Leningradi_Edasi_toimetus, lk 23
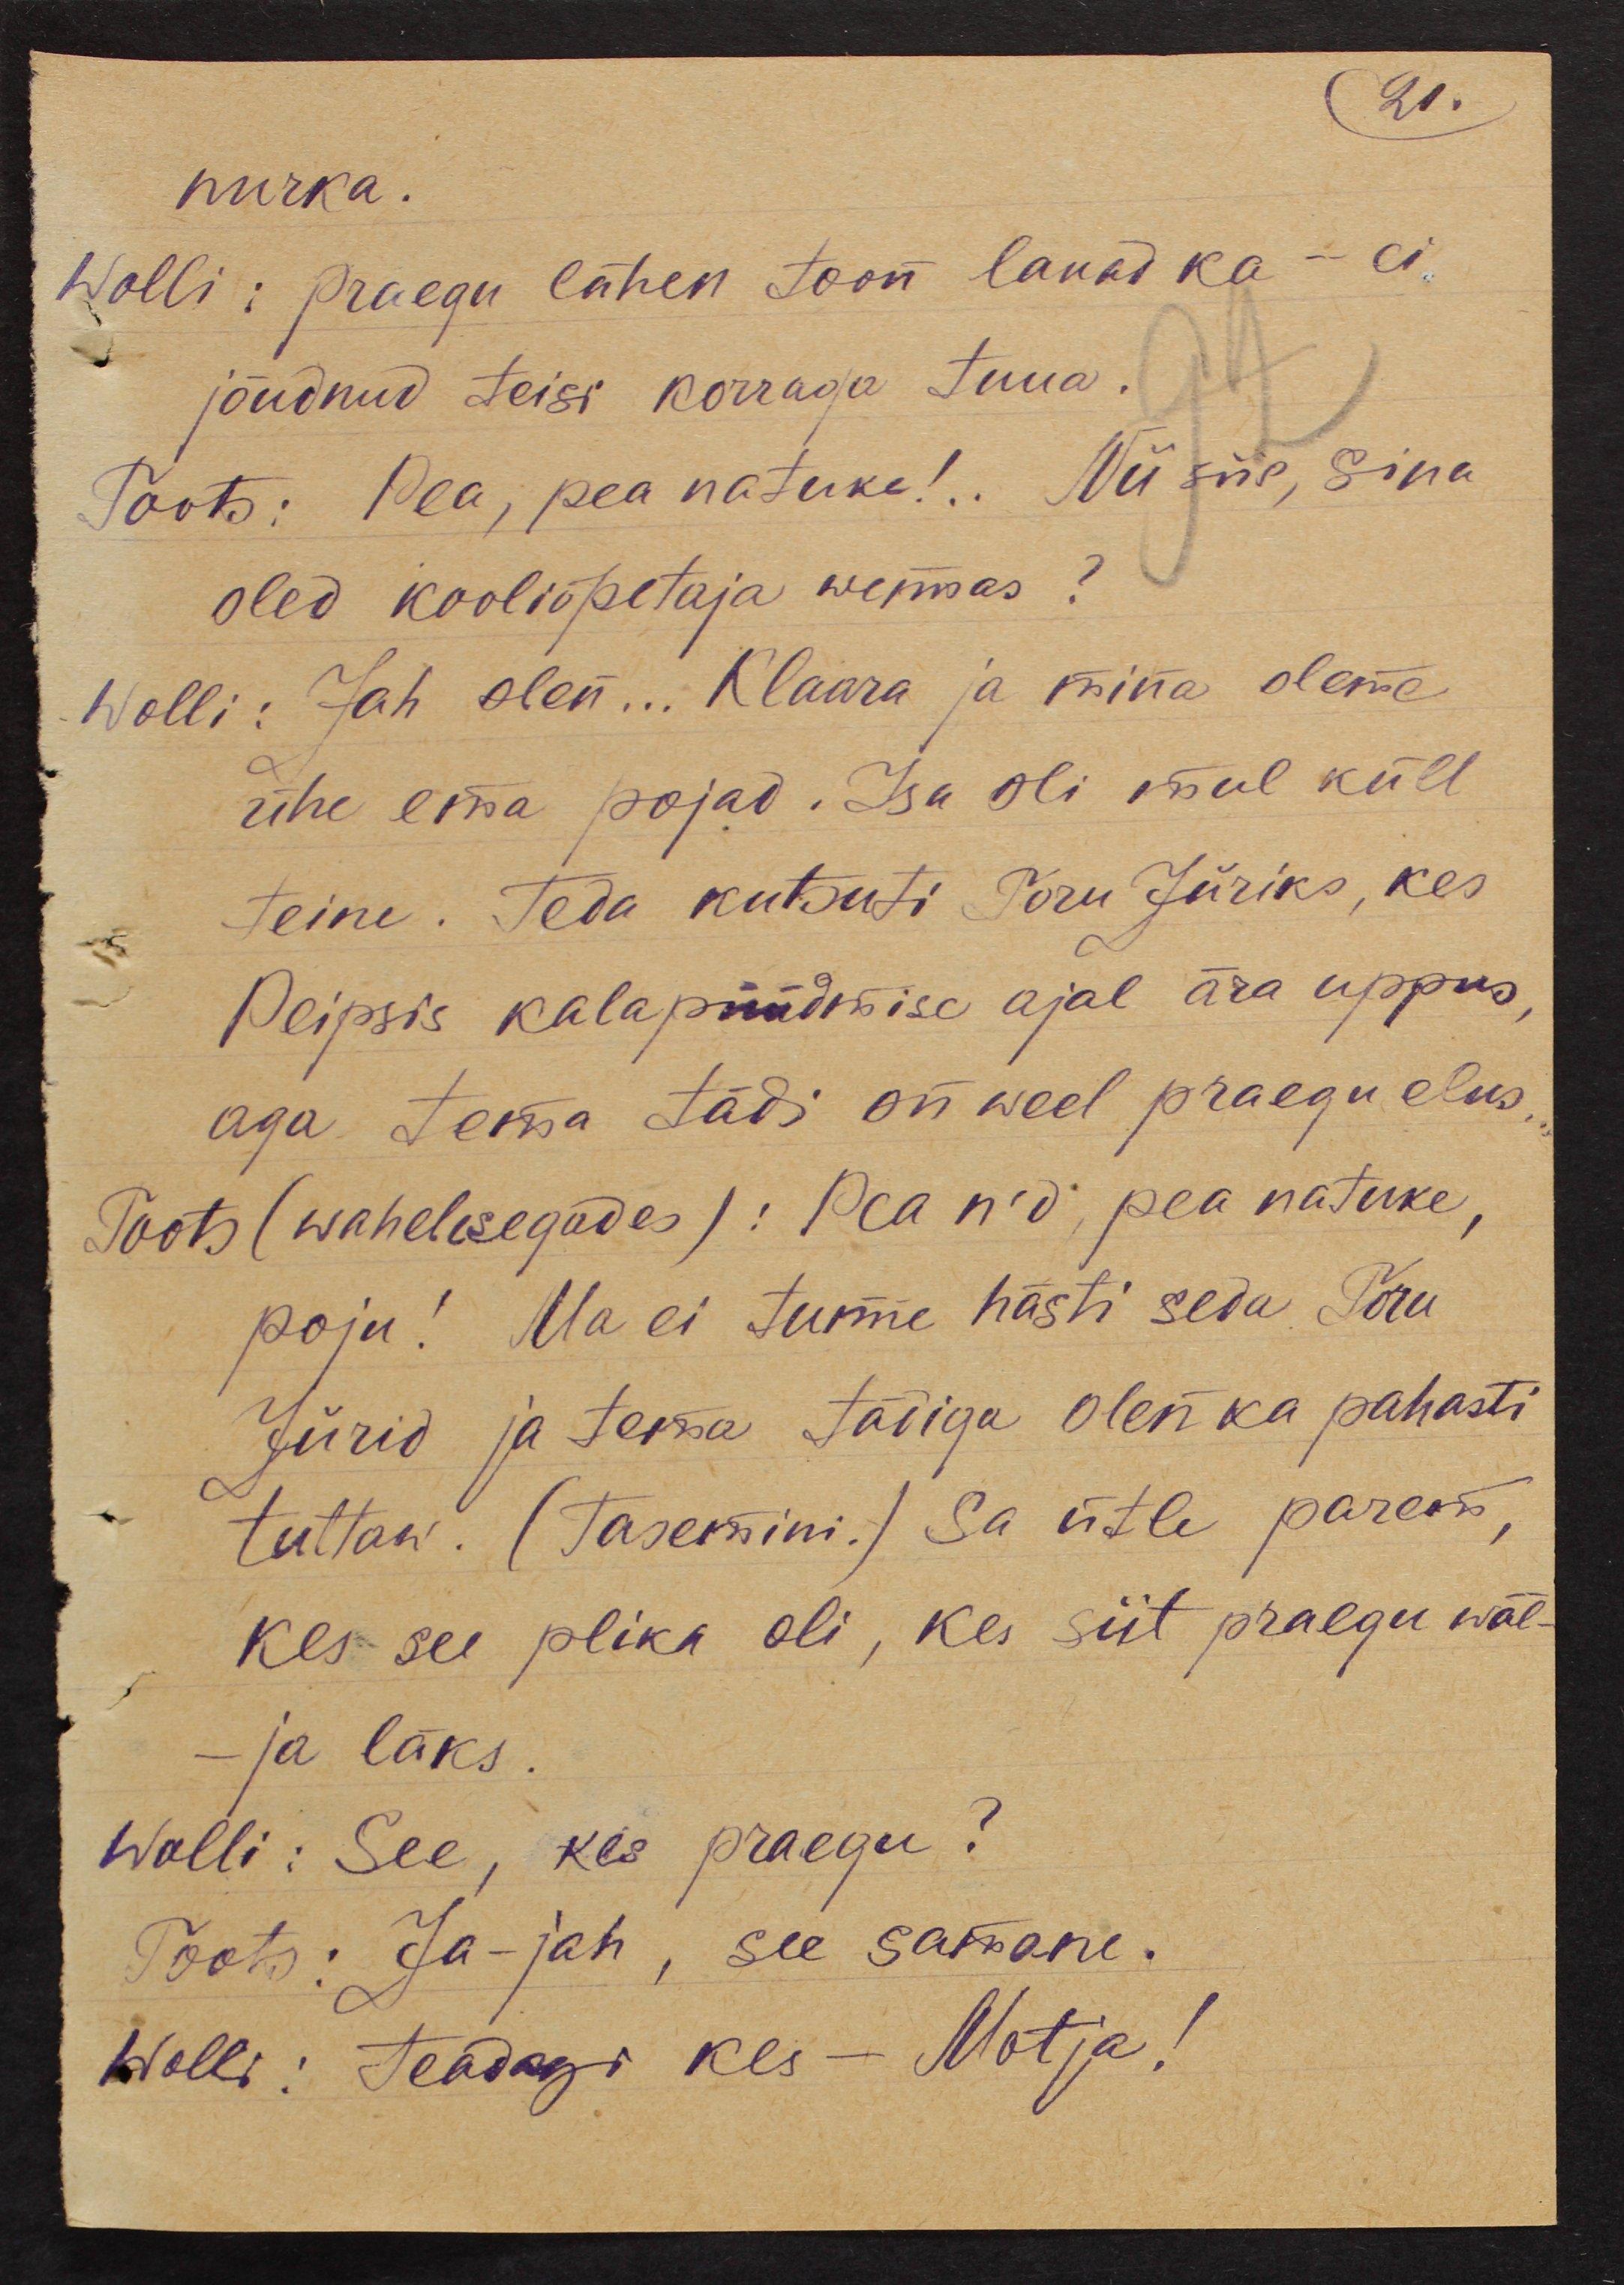
21.

nurka.
Wolli: praegu lähen toon lauad ka - ei
jõudnud teisi korraga tuua.
Toots: Pea, pea natuke!.. Nii siis, sina
oled kooliõpetaja wennas?
Wolli: Jah olen... Klaara ja mina oleme
ühe ema pojad. Isa oli mul küll
teine. Teda kutsuti Toru Jüriks, kes
Peipsis kalapüüdmise ajal ära uppus,
aga tema tädi on weel praegu elus.
Toots (wahelesegades): Pea n'd, pea natuke,
poju! Ma ei tunne hästi seda Toru
Jürid ja tema tädiga olen ka pahasti
tuttaw. (Tasemini.) Sa ütle parem,
kes see plika oli, kes siit praegu wäl-
-ja läks.
Wolli: See, kes praegu?
Toots: Ja-jah, see samane.
Wolli: Teadagi kes - Motja!